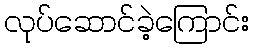
လုပ်ဆောင်ခဲ့ကြောင်း